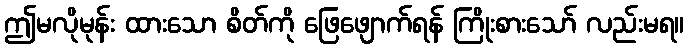
ဤမလိုမုန်း ထားသော စိတ်ကို ဖြေဖျောက်ရန် ကြိုးစားသော် လည်းမရ။